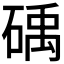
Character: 𮵖